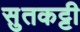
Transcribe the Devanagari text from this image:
सुतकट्टी